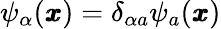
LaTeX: \psi_{\alpha}({\pmb x})=\delta_{\alpha a}\psi_{a}({\pmb x})